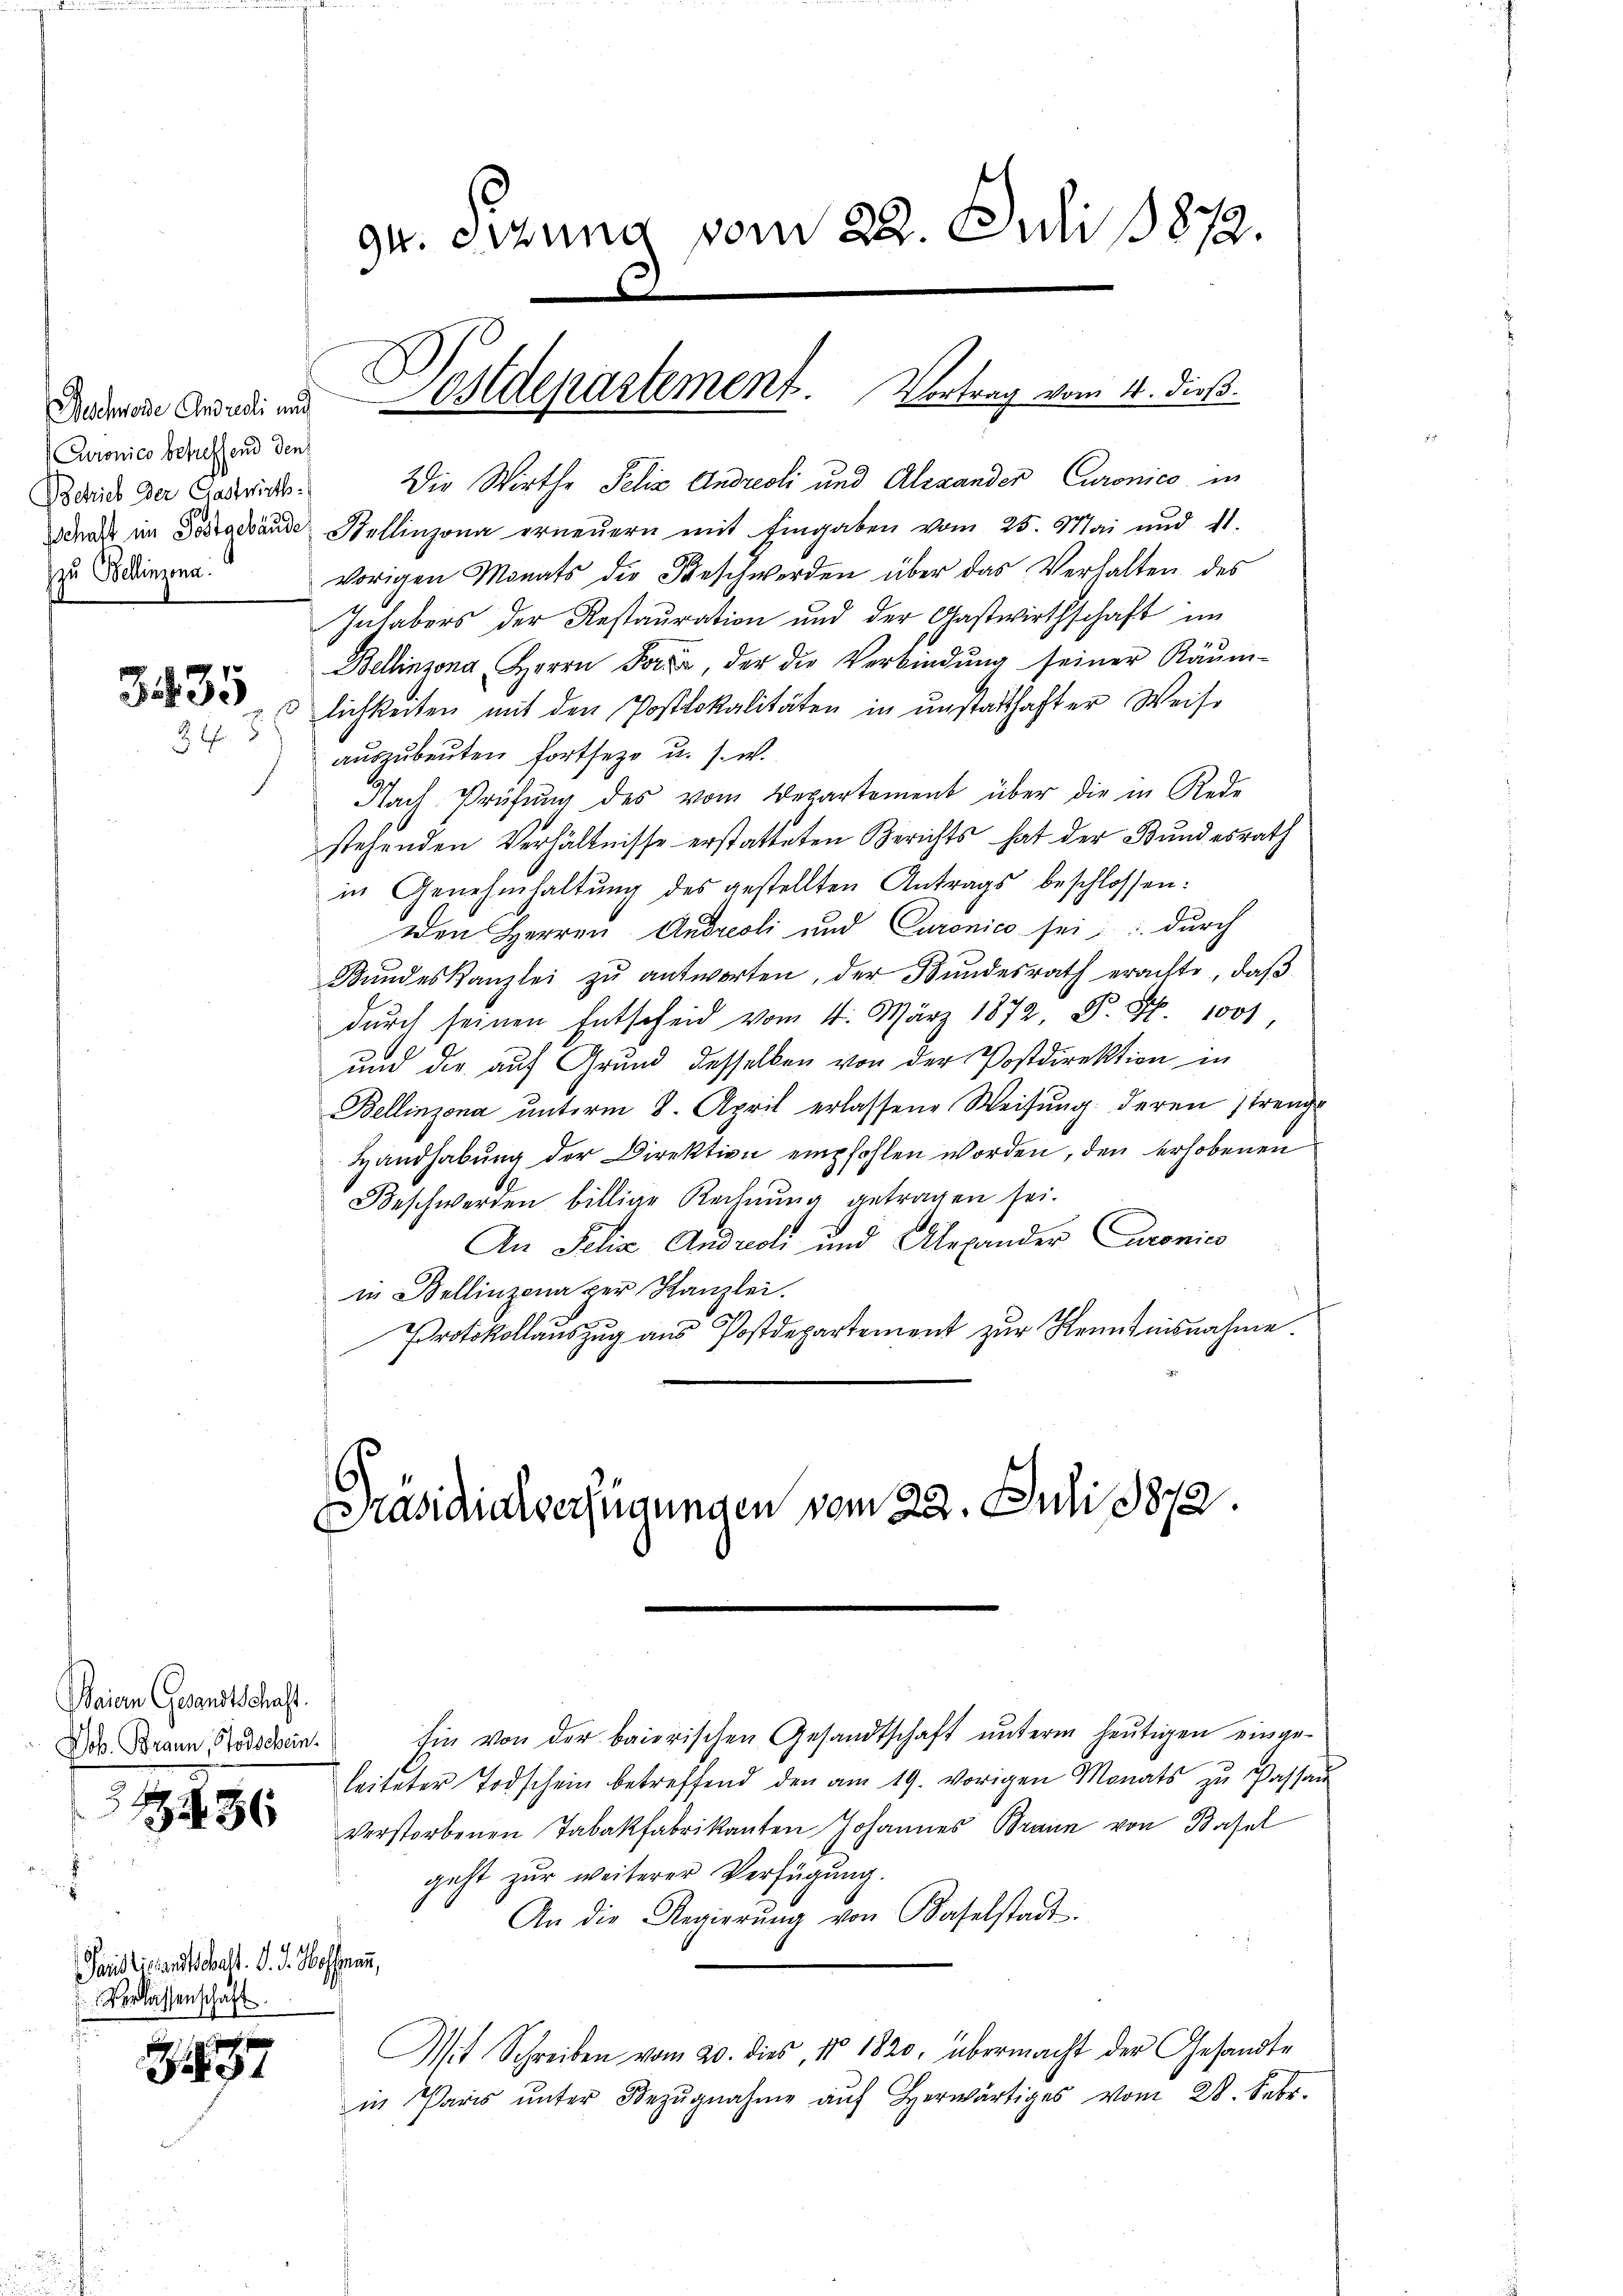
schnöde Andreoli und
Curonico betreffend den
Betrieb Der Gastwirth
zzu Bellinzona.

3435
81f

Baiern Gesandtschaft.
Dob. Braun, Todschein.

Paristissandtschalt. d. d. Hoffmann,
Verlassenschaft

337

94. Errung vom 22. Juli 1872.

Postdepartement. Vortrag vom 4. dieß

Die Wirthe Felix Andreoli und Alexander Curonico in
drak im Postgebäude Stellinzona erneuern mit Eingaben vom 25. Mai und 11.
vorigen Monats die Beschwerden über das Verhalten des
Inhabers der Restauration und der Gastwirthschaft im
Bellinzona, Herrn Fors, der die Verbindŭng seiner Käŭm-
lichkeiten mit den Postlokalitäten in unstatthafter Weise
auszubeuten fortseze u. s. w.
Nach Prüfŭng des vom Verartement über die in Rede
stehenden Verhältnisse erstatteten Berichts hat der Bundesrath
in Genehmhaltŭng des gestellten Antrags beschlossen:
Den Herren Andreoli und Caronico sei, durch
Bundeskanzlei zŭ antworten, der Bundesrath erachte, daβ
dŭrch seinen Entscheid vom 4. März 1872, P. Fr. 1001
und die auf Grund desselben von der Postdirektion in
Bellinzona unterm 8. April erlassene Weisung deren strengs
Handhabung der Direktion empfohlen worden, den erhobenen
Beschwerden billige Rechnŭng getragen sei.
An Pelia Andreoli und Alexander Caronico
in Bellinzona per Kanzlei.
Protokollauszug aus Postdepartement zur Kenntnisnahme.
Präsidialverfügungen vom 22. Juli 1872.
E
Ein von der baierischen Gesandtschaft ŭnterm heŭtigen einge-
leiteter Todschein betreffend den am 19. vorigen Monats zŭ Passaŭ
 verstorbenen Tabakfabrikanten Johannes Braun von Basel
geht zur weiterer Verfügung.
An die Regierŭng von Baselstadt.
Mit Schreiben vom 20. dies, No 1820, übermacht der Gesandte
in Paris ŭnter Bezŭgnahme aŭf herwärtiges vom 28. Febr.